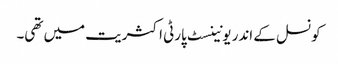
کونسل کے اندر یونینسٹ پارٹی اکثریت میں تھی۔